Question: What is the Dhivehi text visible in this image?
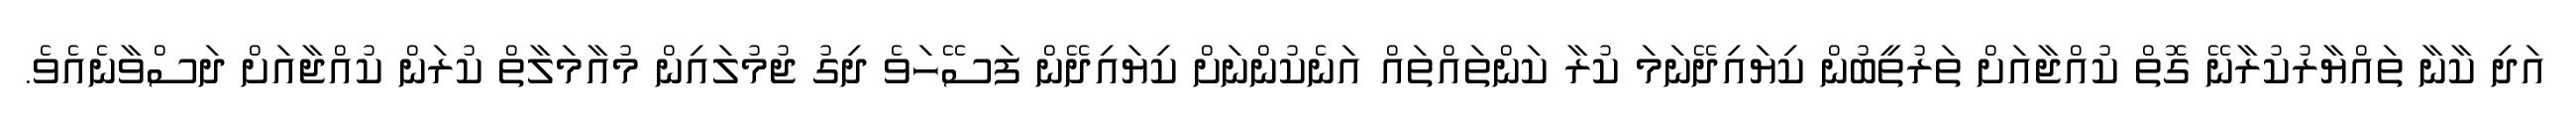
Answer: އަދި ކާނާ ތައްޔާރުކުރާނޭ ގޮތް ކުއްޖާއަށް ތަރުތީބުން ކިޔައިދޭނަމަ ކުރާ ކަންތައްތައް އަނެކުންނަށް ކިޔައިދޭން ފަސޭހަވެ ދިގު ޖުމުލައިން މުއާމަލާތް ކުރަން ކުއްޖާއަށް ދަސްވާނެއެވެ.